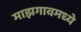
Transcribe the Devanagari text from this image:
माझगावमध्ये